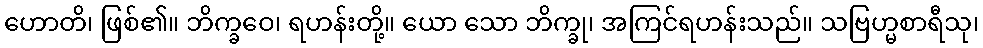
ဟောတိ၊ ဖြစ်၏။ ဘိက္ခဝေ၊ ရဟန်းတို့။ ယော သော ဘိက္ခု၊ အကြင်ရဟန်းသည်။ သဗြဟ္မစာရီသု၊